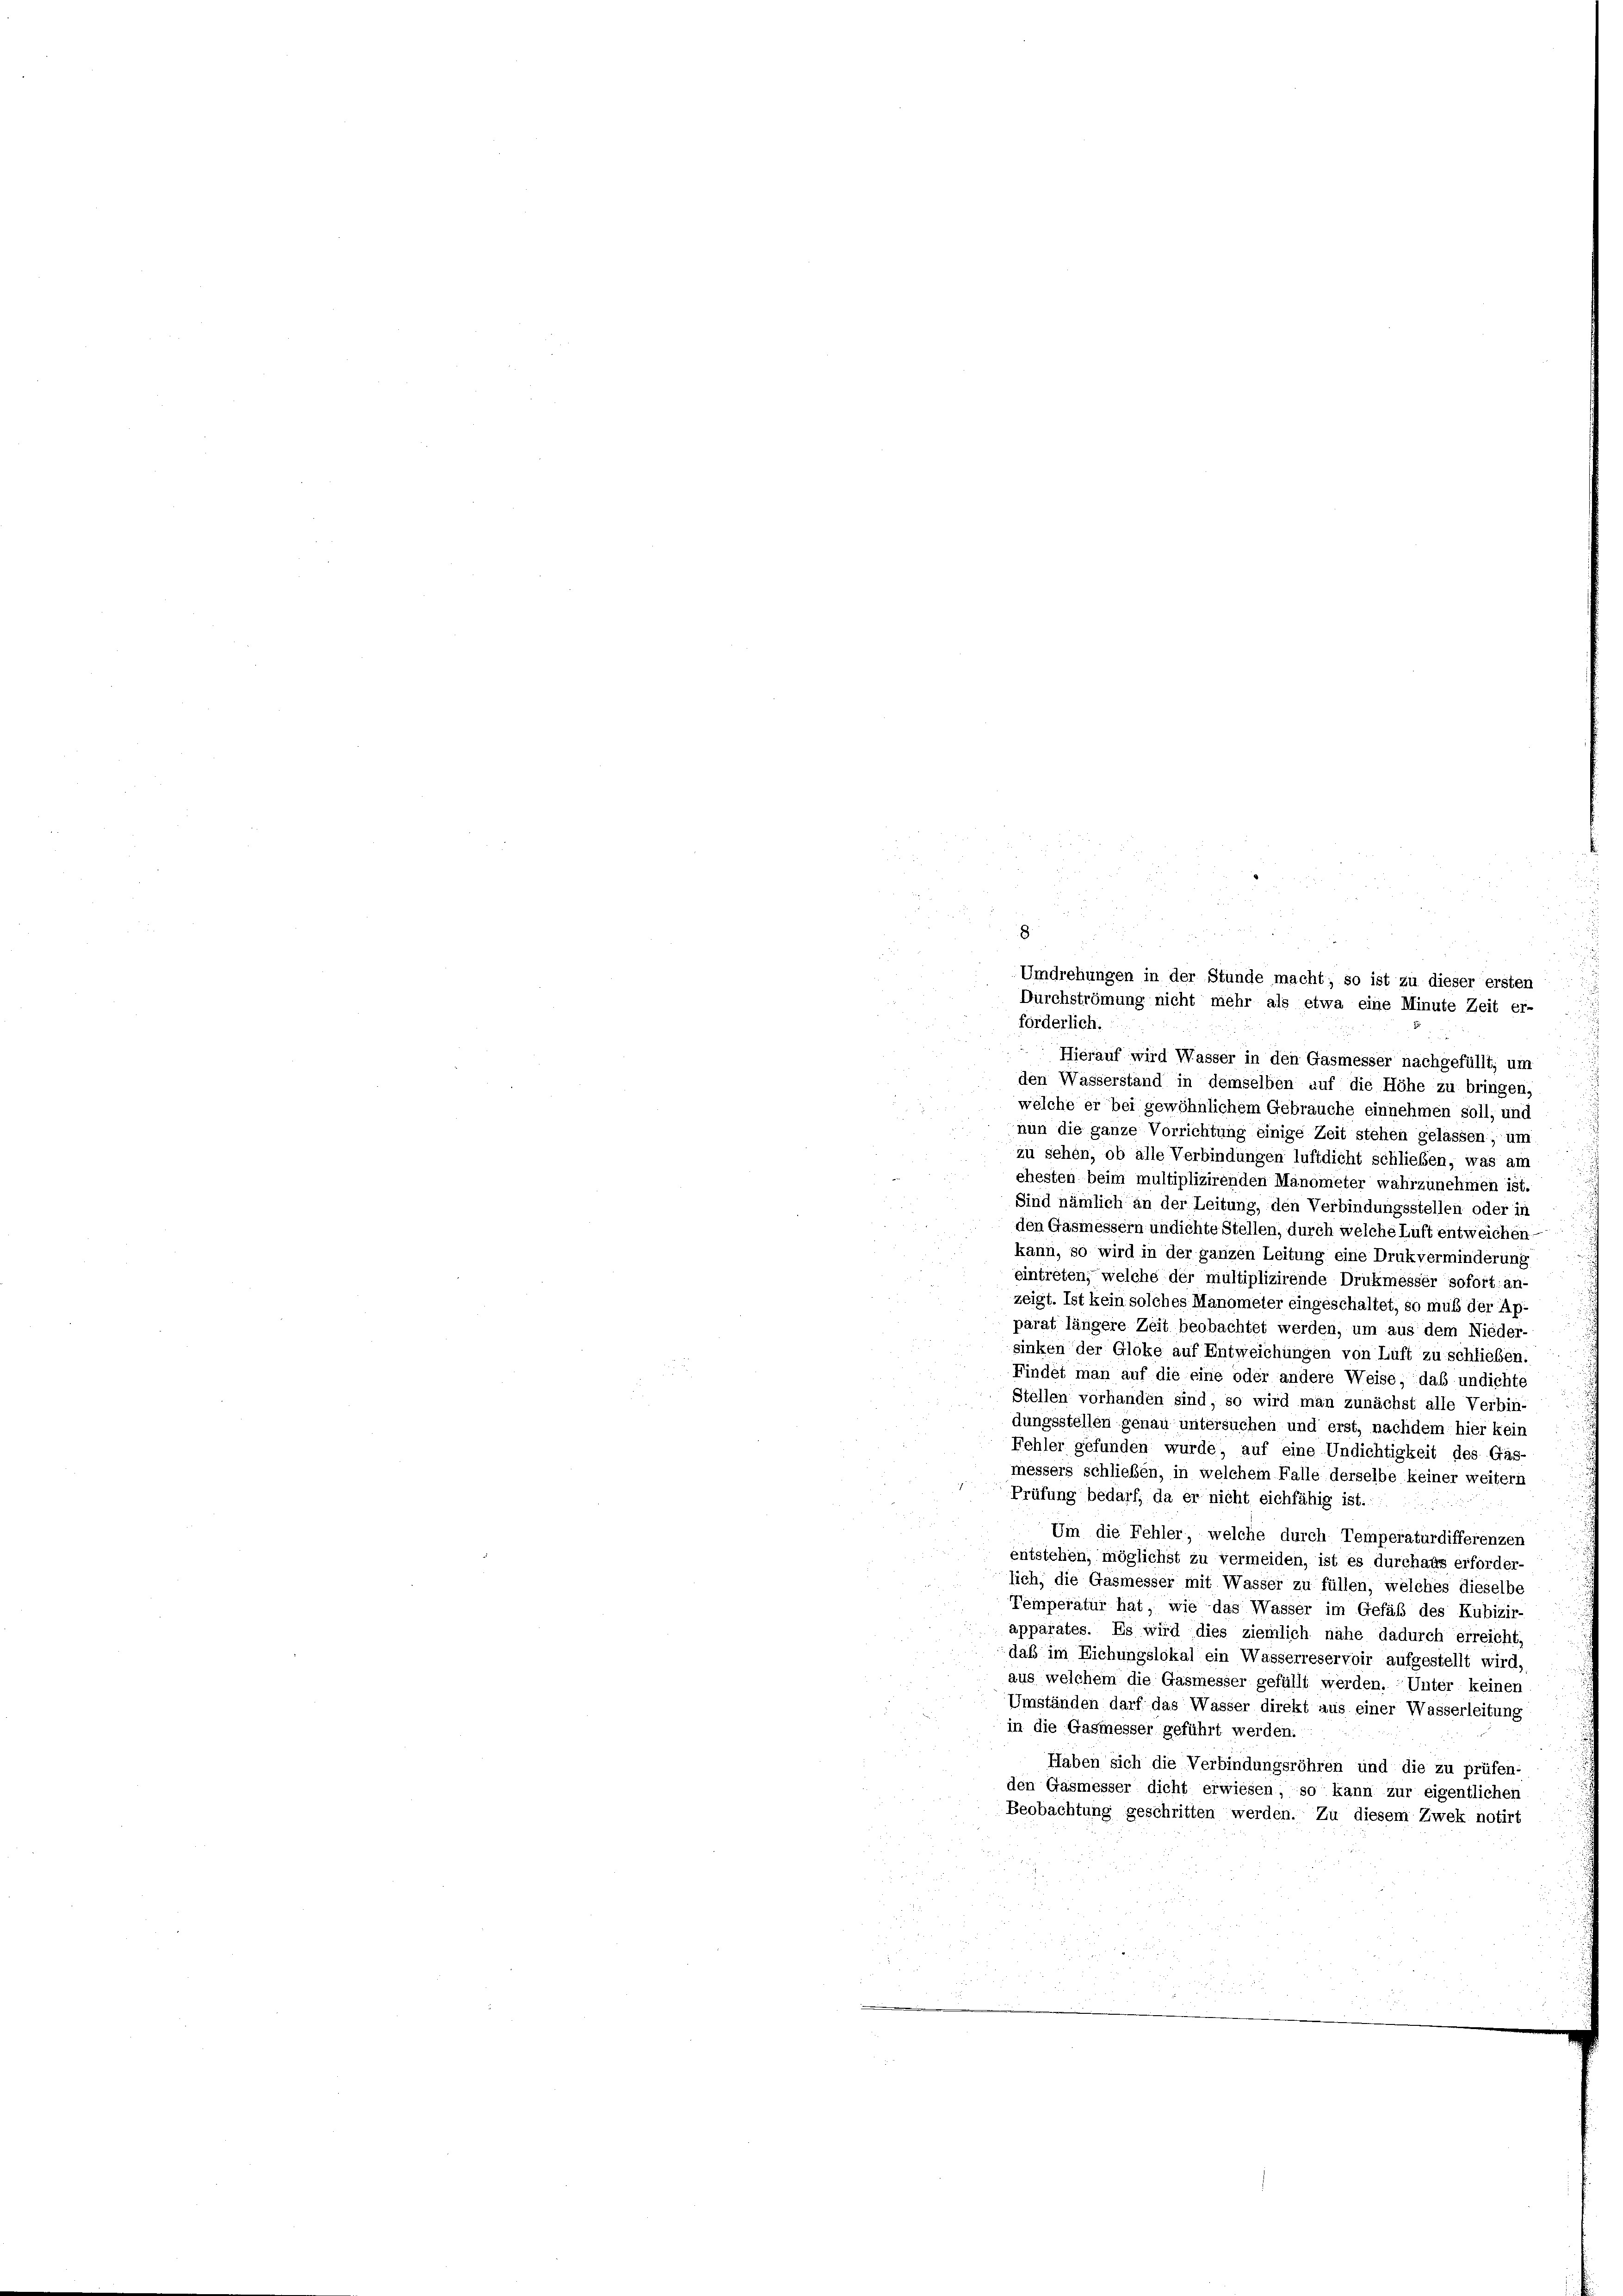
Umdrehungen in der Stunde macht, so ist zu dieser ersten
Durchströmung nicht mehr als etwa eine Minute Zeit er-
förderlich:
Hierauf wird Wasser in den Gasmesser nachgefüllt, um
den Wasserstand in demselben auf die Höhe zu bringen,
welche er bei gewöhnlichem Gebräuche einnehmen soll, und
nun die ganze Vorrichtung einige Zeit stehen gelassen, um
zu sehen, ob alle Verbindungen luftdicht schließen, was am
ehesten beim multiplizirenden Manometer wahrzunehmen ist.
Sind nämlich an der Leitung, den Verbindungsstellen oder in
den Gasmessern undichte Stellen, durch welche Luft entweichen-
kann, so wird in der ganzen Leitung eine Drukverminderung
eintreten, welche der multiplizirende Drukmesser sofort an-
zeigt. Ist kein solches Manometer eingeschaltet, so muß der Ap-
parat längere Zeit beobachtet werden, um aus dem Nieder-
sinken der Gloke auf Entweichungen von Luft zu schlieben.
Findet man auf die eine oder andere Weise, daß undichte
Stellen vorhanden sind, so wird man zunächst alle Verbin-
dungsstellen genau untersuchen und erst, nachdem hier kein
Fehler gefunden wurde, auf eine Undichtigkeit des Gas-
messers schließen, in welchem Falle derselbe keiner weitern
Prüfung bedarf, da er nicht eichfähig ist.
Um die Fehler, welche durch Temperaturdifferenzen
entstehen, möglichst zu vermeiden, ist es durchaus erforder-
lich, die Gasmesser mit Wasser zu füllen, welches dieselbe
Temperatur hat, wie das Wasser im Gefäß des Kubizir-
apparates. Es wird dies ziemlich nähe dadurch erreicht,
daß im Eichungslokal ein Wasserreservoir aufgestellt wird,
aus welchem die Gasmesser gefüllt werden. Unter keinen
Umständen darf das Wasser direkt aus einer Wasserleitung
in die Gasmesser geführt werden.
Haben sich die Verbindungsröhren und die zu prüfen-
den Gasmesser dicht erwiesen, so kann zur eigentlichen
Beobachtung geschritten werden. Zu diesem Zwek notirt